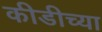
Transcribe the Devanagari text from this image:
कीडीच्या